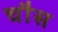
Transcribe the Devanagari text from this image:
चौस